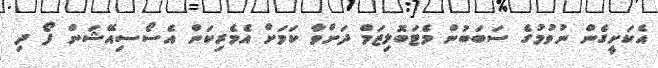
އެކަށީގެން ނުވުމުގެ ސަބަބުން މެޓަބޮލިޒަމް ދަށްވާ ކަމަށް އެމެރިކަން އެސޯސިއޭޝަން ފޯ ދި